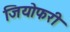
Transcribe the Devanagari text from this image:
जियोफरी